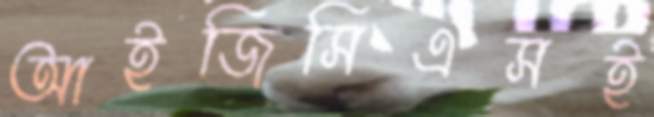
আইজিসিএসই